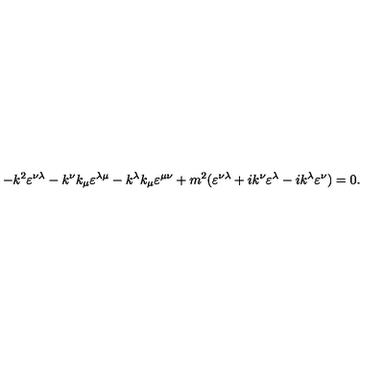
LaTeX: - k ^ { 2 } \varepsilon ^ { \nu \lambda } - k ^ { \nu } k _ { \mu } \varepsilon ^ { \lambda \mu } - k ^ { \lambda } k _ { \mu } \varepsilon ^ { \mu \nu } + m ^ { 2 } ( \varepsilon ^ { \nu \lambda } + i k ^ { \nu } \varepsilon ^ { \lambda } - i k ^ { \lambda } \varepsilon ^ { \nu } ) = 0 .